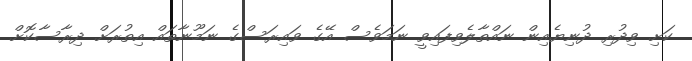
ކަށި ވިދުރި ދުނިޔެއިން ނައްތާލެވިފައިވީ ނަމަވެސް އޭގެ ވައިރަސްގެ ނަމޫނާތައް އިތުރަށް ދިރާސާކޮށް